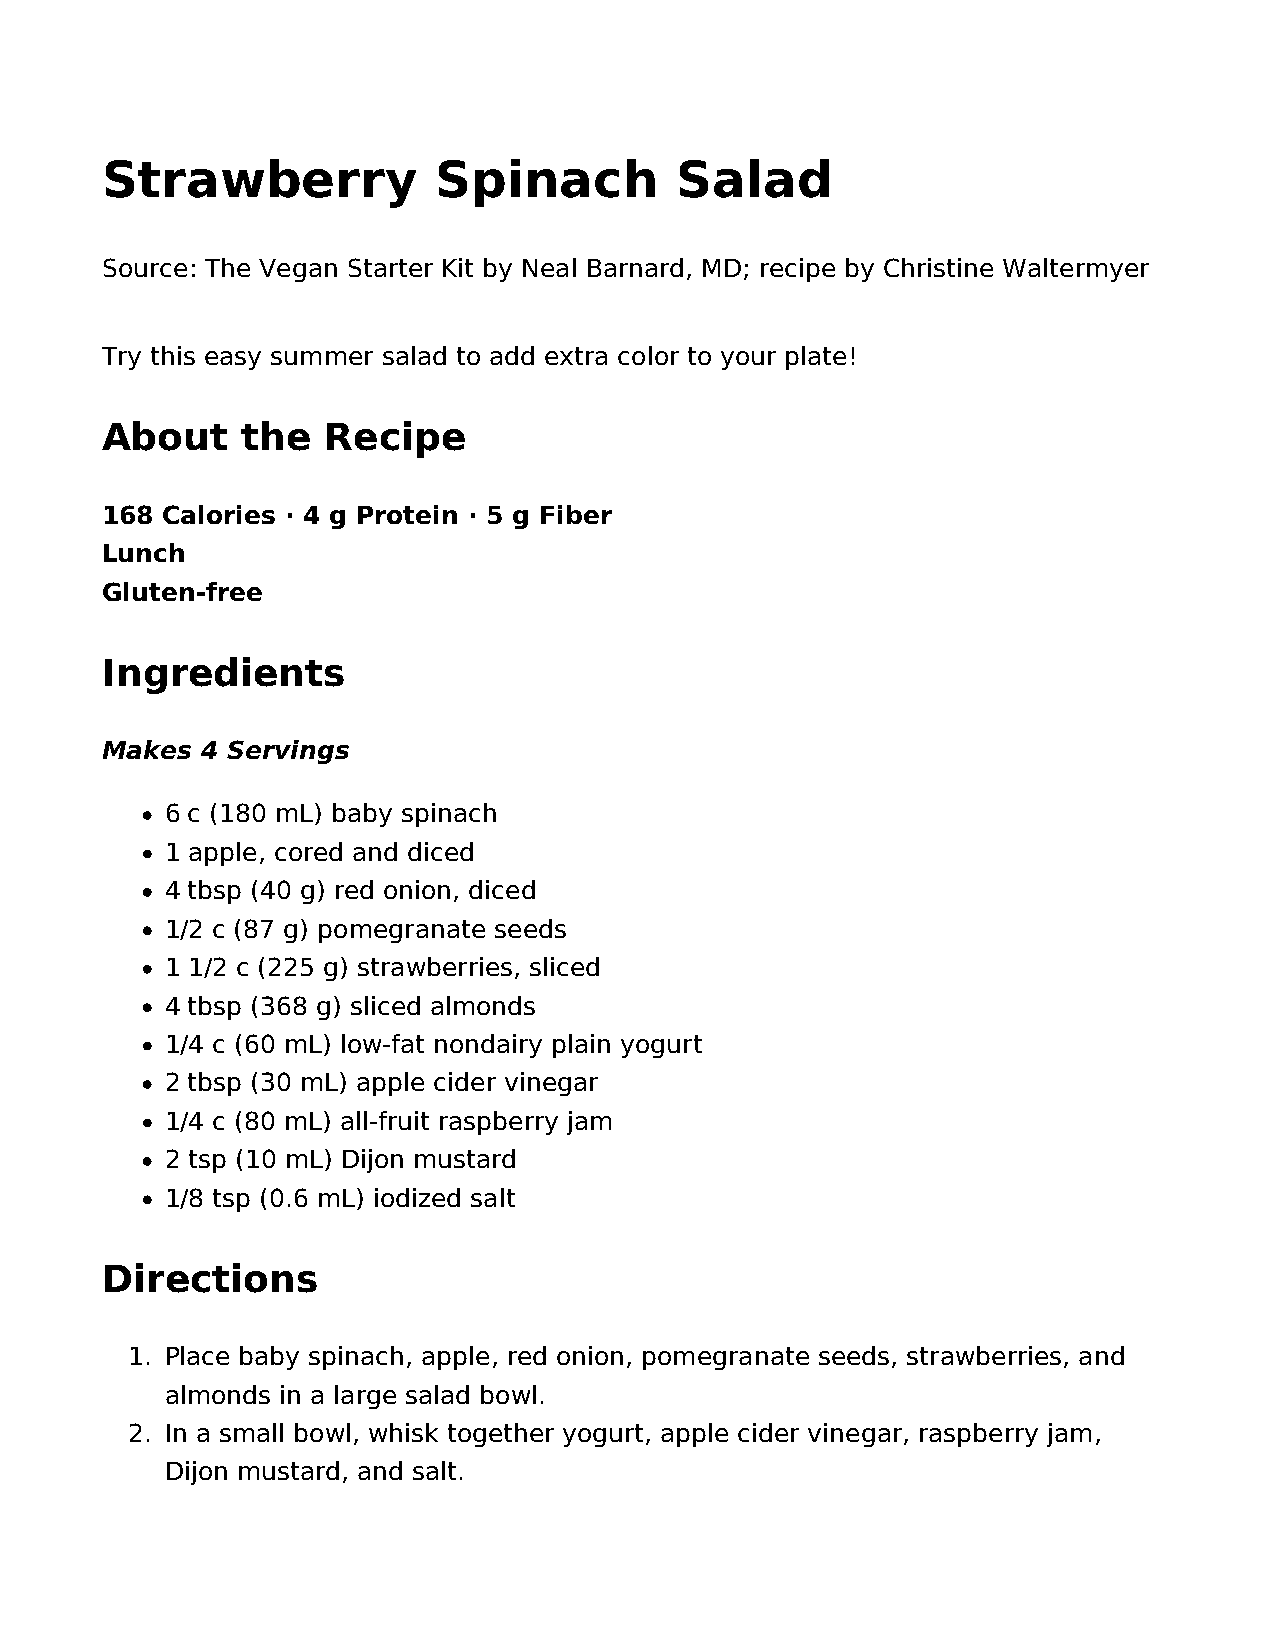
Strawberry            Spinach         Salad
 Source: The Vegan Starter Kit by Neal Barnard, MD; recipe by Christine Waltermyer
 Try this easy summer salad to add extra color to your plate!
 About    the  Recipe
 168 Calories · 4 g Protein · 5 g Fiber
 Lunch
 Gluten-free
 Ingredients
 Makes 4 Servings
 6 c (180 mL) baby spinach
 1 apple, cored and diced
 4 tbsp (40 g) red onion, diced
 1/2 c (87 g) pomegranate seeds
 1 1/2 c (225 g) strawberries, sliced
 4 tbsp (368 g) sliced almonds
 1/4 c (60 mL) low-fat nondairy plain yogurt
 2 tbsp (30 mL) apple cider vinegar
 1/4 c (80 mL) all-fruit raspberry jam
 2 tsp (10 mL) Dijon mustard
 1/8 tsp (0.6 mL) iodized salt
 Directions
 1. Place baby spinach, apple, red onion, pomegranate seeds, strawberries, and
 almonds in a large salad bowl.
 2. In a small bowl, whisk together yogurt, apple cider vinegar, raspberry jam,
 Dijon mustard, and salt.